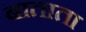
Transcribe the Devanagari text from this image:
बाताता